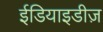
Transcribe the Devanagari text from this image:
ईडियाइडीज़